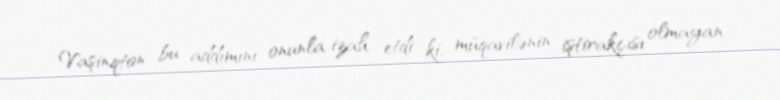
Vaşinqton bu addımını onunla izah etdi ki, müqavilənin iştirakçısı olmayan